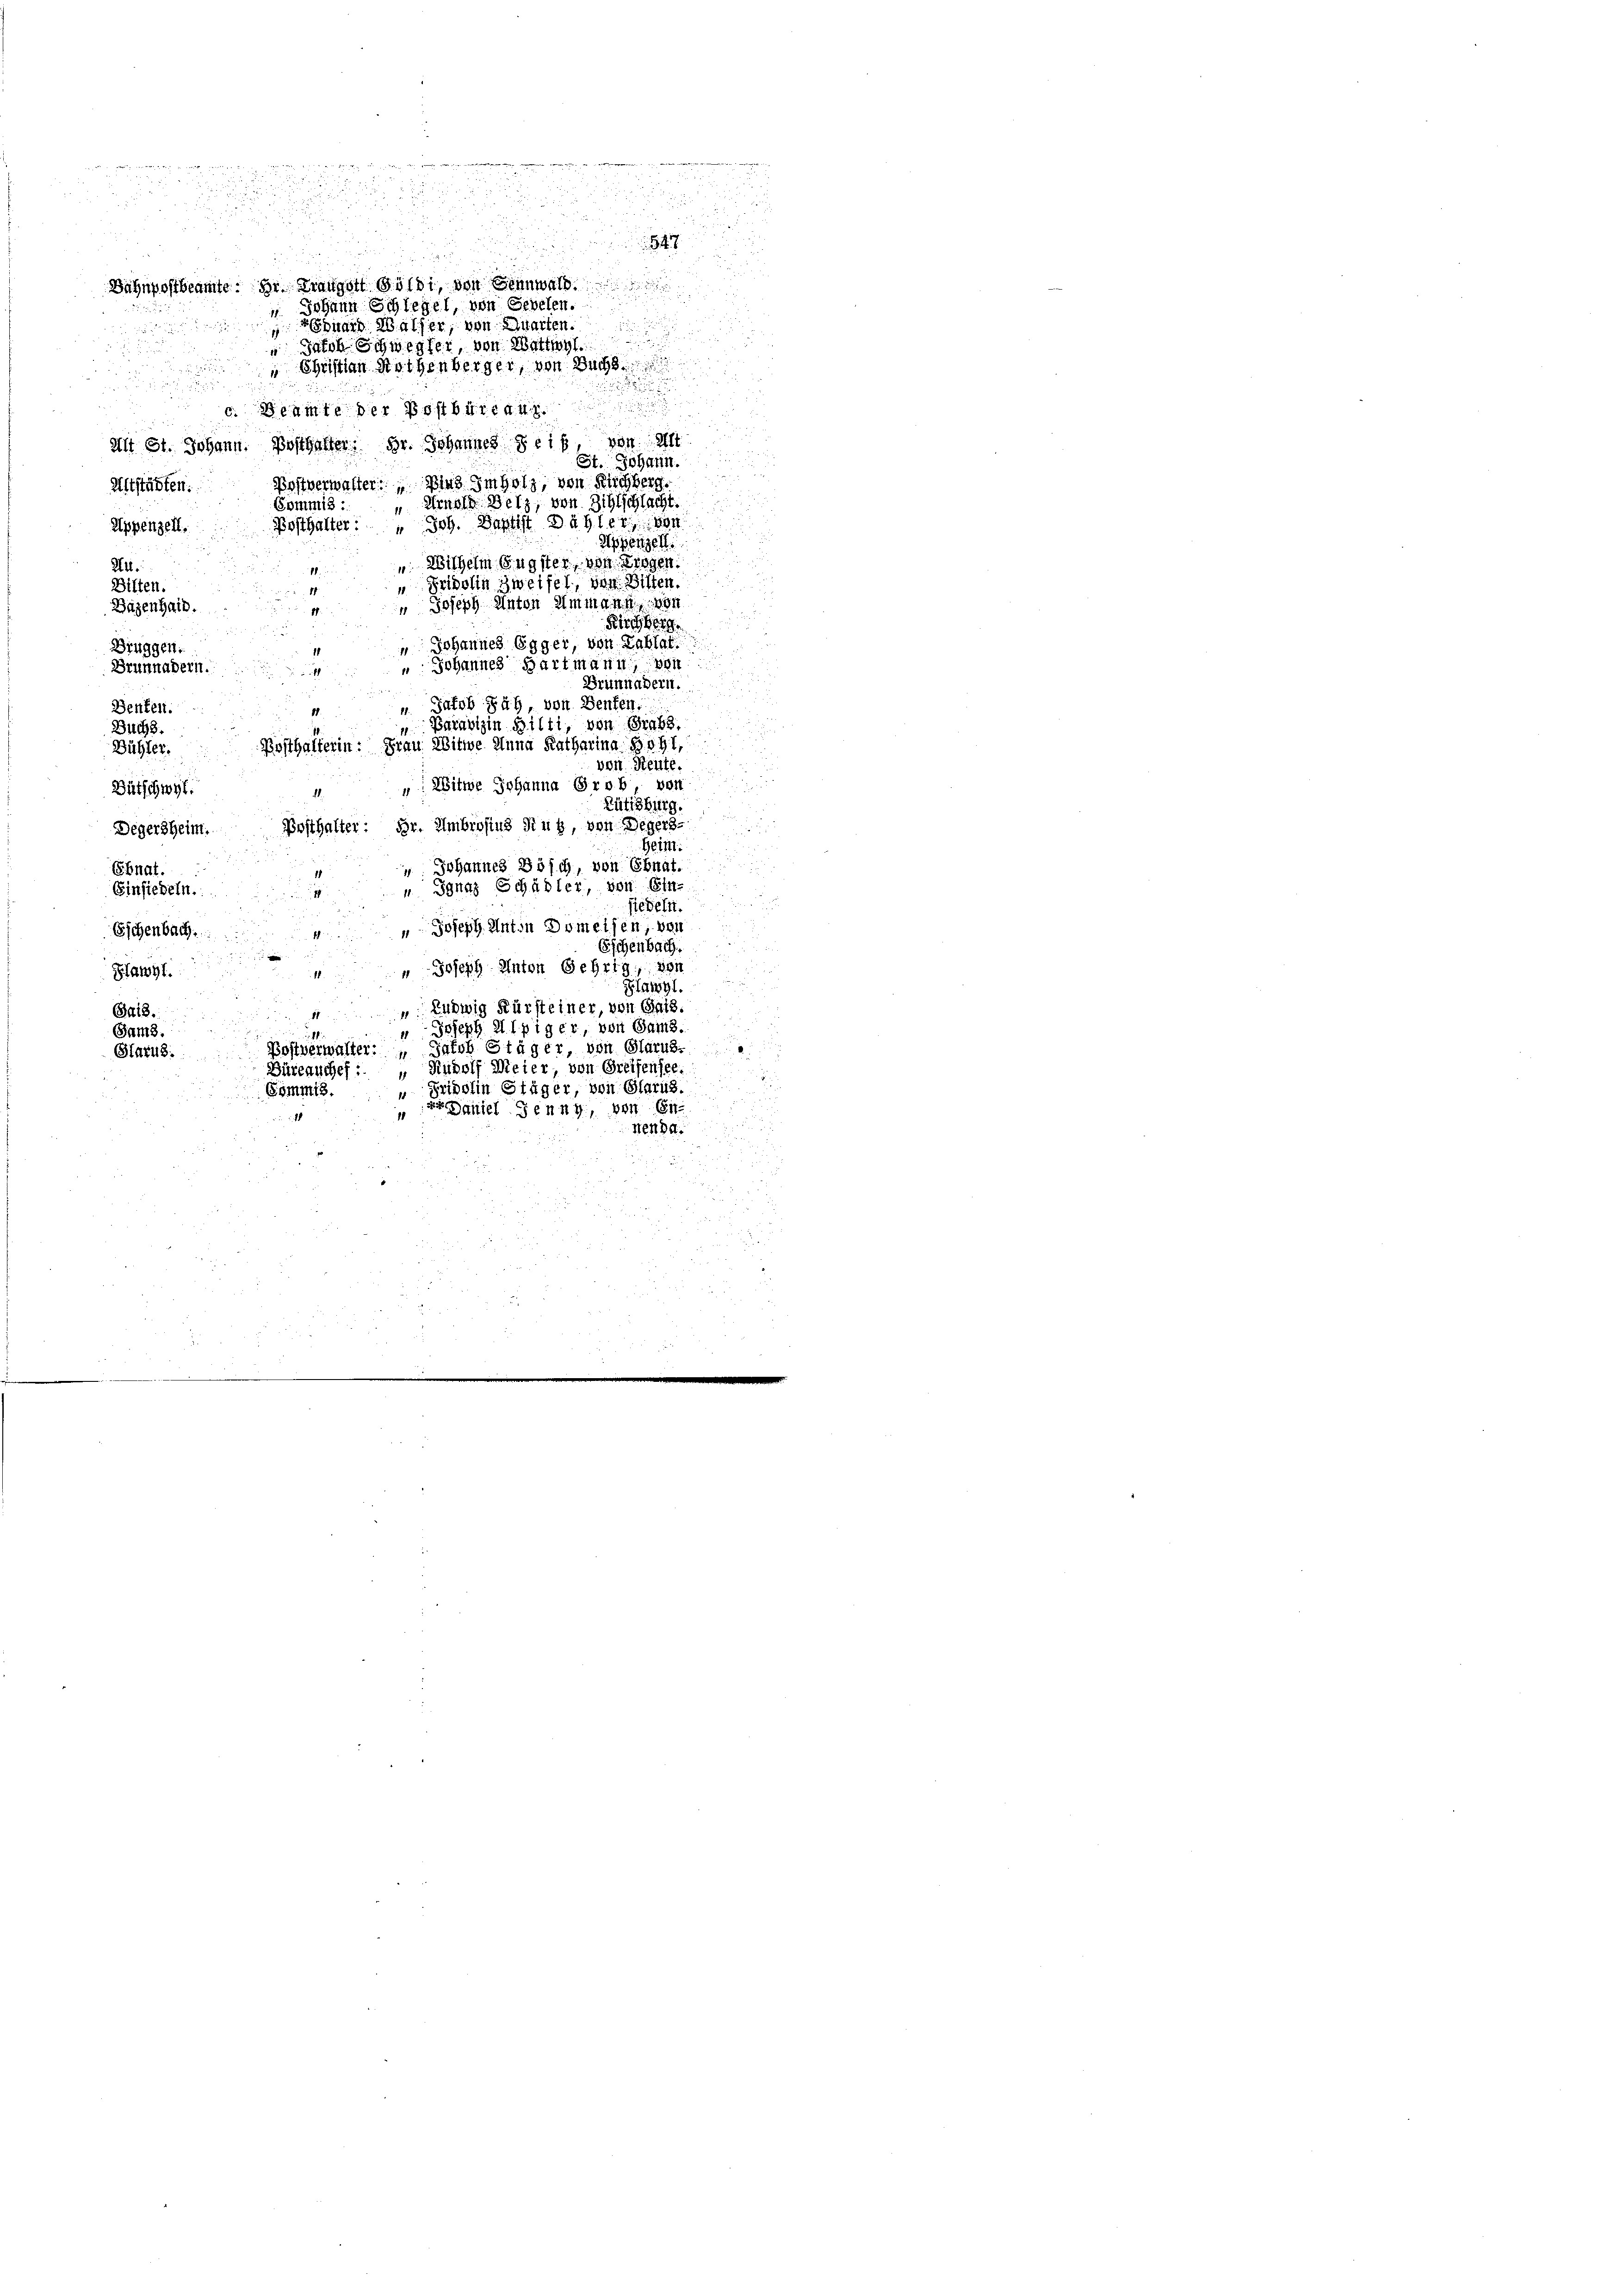
u

4

.
b
Bahnpostbeamte: Hr. Drangott goldi, von Sennwald
 Johann Schlegel, von Seelen.
a
duard Walser, von Quarten.
d

i
" Jacob Schwerfer, von Wattwyl
u
 Christian Rothenberger, von Buchs

c. Beamte der Postbüreau

alt St. Johann. Posthalter; Hr. Johannes sein, von Alt
St. Johann.
Postverwalter: Die Imholz, von Ruchberg.
Altstädten.
" Arnold Wetz, von Sihlschlacht.
Commis :
Posthalter: " Joh. Baptist Dähler von
Appenzell.
Appenzell
". Wilhelm Eugster, von Trogen
R.
" Fridolin zweifel, von Bilten.
Bitten.
1
" Joseph Anton Ammann, 104
Dazenhaid.
Kirchberg
 Johannes Egger, von Lablat
Bruggen.
u Johannes Hartmann, von
Brunnadern.
2
Brünnähern.
u. Jakob Sah, von Senten
Benten.
Paradizin Bilti, von Grabs
Buchs.
Posthalterin: Frau Witwe Anna Katharina Bo 41.
Bühler.
von. Heute.
: Witwe Johanna Grob, von
Bütschwyt
.
Lüfisburg.
Degersheim. Bosthalter: Dr. Ambrosius Ruh, von Degers-
Heim.
 Johannes Bösch, von Ebnat.
Ebnat.
 Ignaz Schädler, von Ein-
Einsiedeln.
siedeln.
 Joseph Anton Domeisen, von
Eischenbach.
Eschenbach.
" Joseph Anton Gehrig, von
Sawyl.
Klängl.
 Ludwig Kürsteiner, von Gais.
Ba18.
5
" Joseph Alpiger von Sams.
Sam8.
Postverwalter: Jakob Stäger, von Glarus.
Stazu.
Büreauchef : „ Rudolf Meier von Greifensee.
i
Pripolin Stäger, von Glarus.
Gommis.
Daniel denn, von En
1
1
Henha
u
d
.